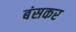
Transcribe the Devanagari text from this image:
बंसकर